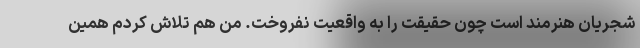
شجریان هنرمند است چون حقیقت را به واقعیت نفروخت. من هم تلاش کردم همین